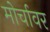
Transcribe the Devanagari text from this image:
मोर्चावर